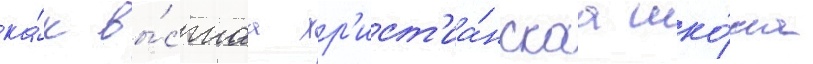
ка́к вы́сшаа хр'ист'иа́нскаа шко́ла